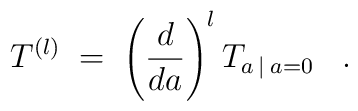
T^{(l)} \;=\; \left( \frac{d}{da} \right)^l T_{a \:|\: a=0} \;\;\; .